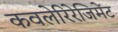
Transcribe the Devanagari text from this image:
कवलेरिरेजिमेंट